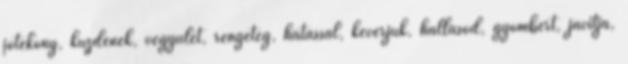
jótékony, küzdenek, vegyület, rengeteg, hatással, keverjük, hallásod, gyömbért, javítja,